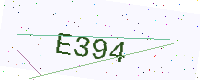
Text: E394